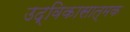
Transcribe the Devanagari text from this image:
उद्विकासात्मक